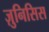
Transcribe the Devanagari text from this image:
ज़ुनिसिस